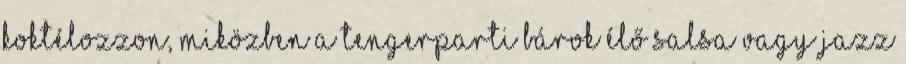
koktélozzon, miközben a tengerparti bárok élő salsa vagy jazz